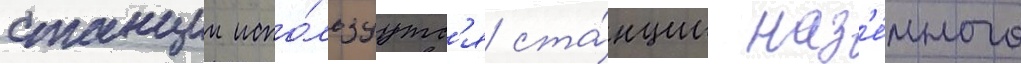
станции испо́льзуутс'я ста́нции наз'е́много